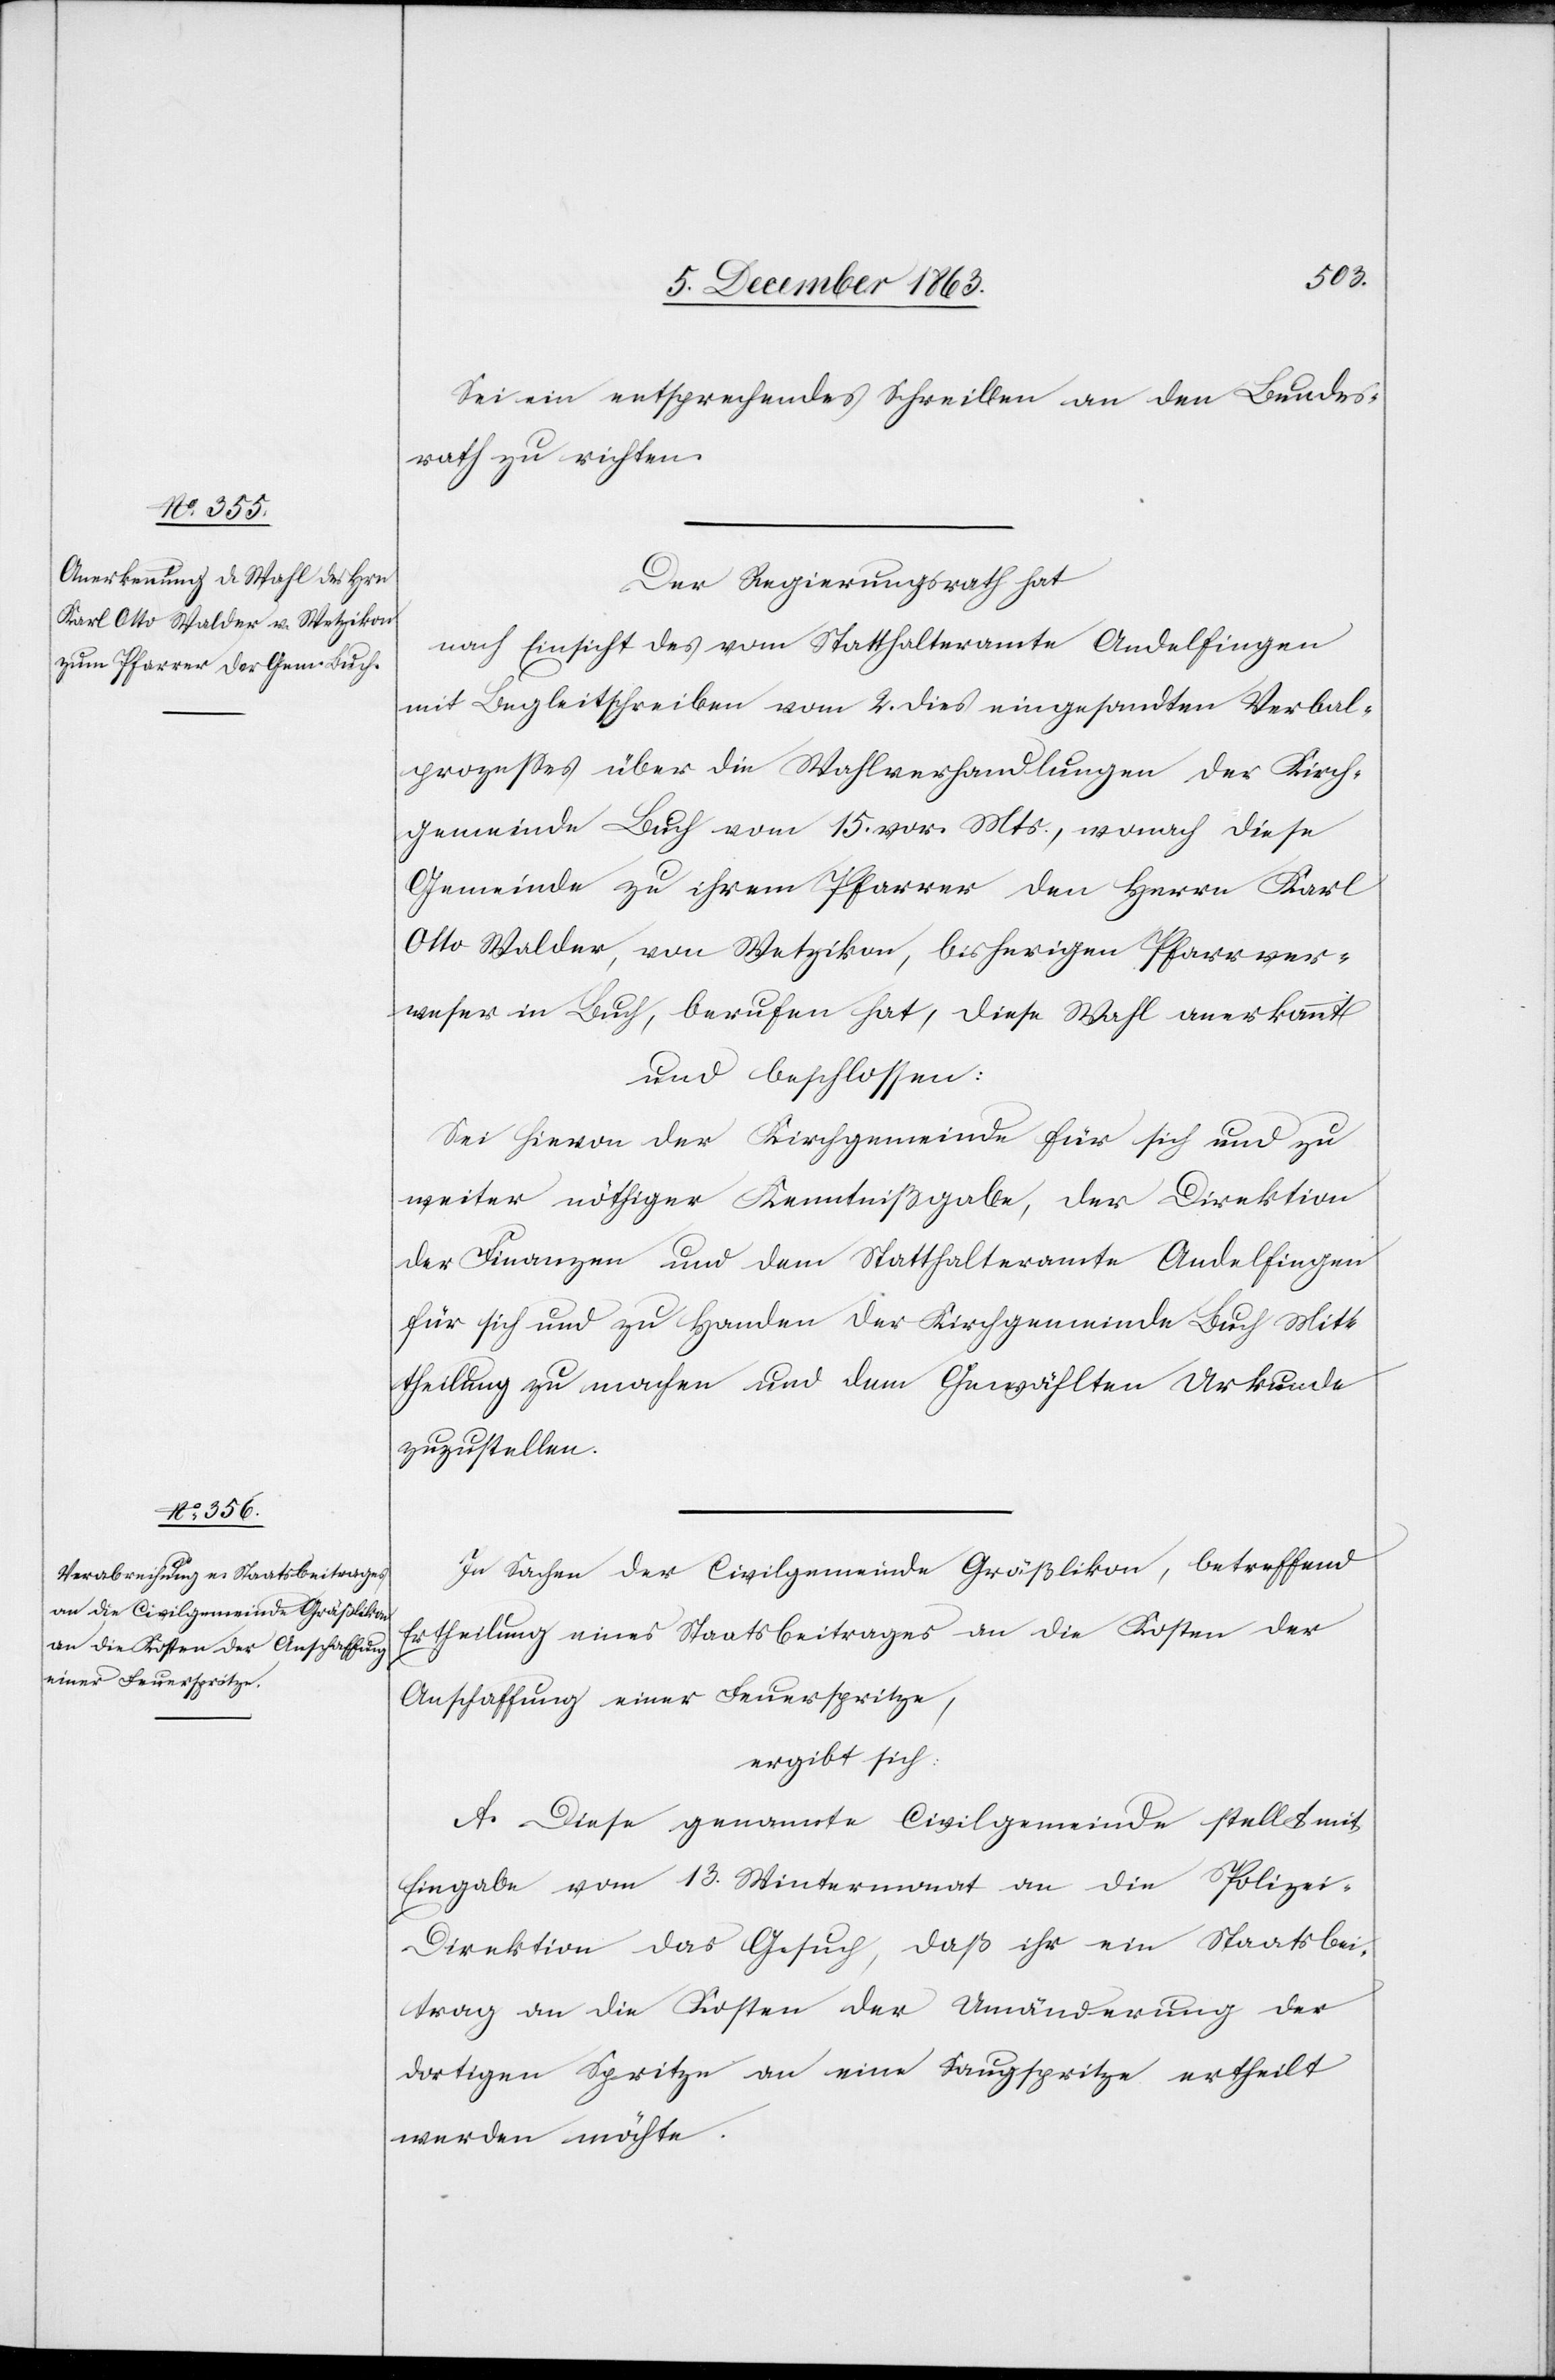
Sei ein entsprechendes Schreiben an den Bundes¬
rath zu richten.
Der Regierungsrath hat
nach Einsicht des vom Statthalteramte Andelfingen
mit Begleitschreiben vom 2. dies eingesandten Verbal¬
prozesses über die Wahlverhandlungen der Kirch¬
gemeinde Buch vom 15. vor. Mts., wonach diese
Gemeinde zu ihrem Pfarrer den Herrn Karl
Otto Walder, von Wetzikon, bisherigen Pfarrver¬
weser in Buch, berufen hat, diese Wahl anerkannt
und beschlossen:
Sei hievon der Kirchgemeinde für sich und zu
weiter nöthiger Kenntnißgabe, der Direktion
der Finanzen und dem Statthalteramte Andelfingen
für sich und zu Handen der Kirchgemeinde Buch Mitt¬
heilung zu machen und dem Gewählten Urkunde
zuzustellen.
In Sachen der Civilgemeinde Gräßlikon, betreffend
Ertheilung eines Staatsbeitrages an die Kosten der
Anschaffung einer Feuerspritze,
ergibt sich:
A. Diese genannte Civilgemeinde stellt mit
Eingabe vom 13. Wintermonat an die Polize¬
i-Direktion das Gesuch, daß ihr ein Staatsbei¬
trag an die Kosten der Umänderung der
dortigen Spritze an eine Saugspritze ertheilt
werden möchte.